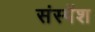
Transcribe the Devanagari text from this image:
संस्‍पेंश